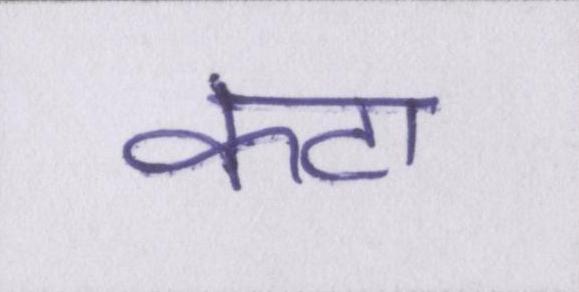
कटा